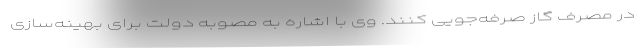
در مصرف گاز صرفه‌جویی کنند. وی با اشاره به مصوبه دولت برای بهینه‌سازی